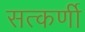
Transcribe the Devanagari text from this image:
सत्कर्णी